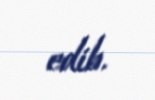
edib.